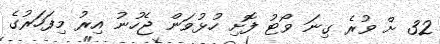
32 ށް ވުރެ ގިނަ ވޯޓު ފޮށި ހުޅުވަން ޖެހުނު އިރު މިފަހަރުގެ